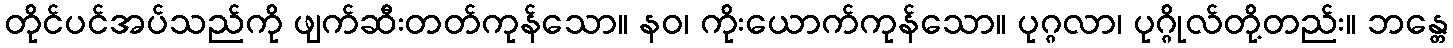
တိုင်ပင်အပ်သည်ကို ဖျက်ဆီးတတ်ကုန်သော။ နဝ၊ ကိုးယောက်ကုန်သော။ ပုဂ္ဂလာ၊ ပုဂ္ဂိုလ်တို့တည်း။ ဘန္တေ